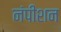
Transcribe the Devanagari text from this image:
नंपीशन